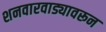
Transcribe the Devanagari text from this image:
शनवारवाड्यावरून